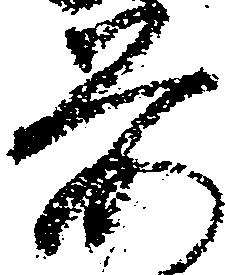
前